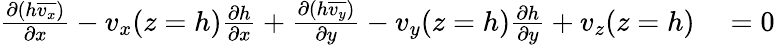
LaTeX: \begin{array}{rl}{\frac{\partial(h\overline{{v_{x}}})}{\partial x}-v_{x}(z=h)\frac{\partial h}{\partial x}+\frac{\partial(h\overline{{v_{y}}})}{\partial y}-v_{y}(z=h)\frac{\partial h}{\partial y}+v_{z}(z=h)}&{{}=0}\end{array}